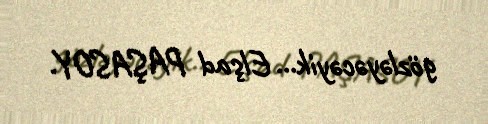
gözləyəcəyik... Elşad PAŞASOY.